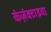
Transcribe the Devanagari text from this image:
कंज़ंक्टाइवा